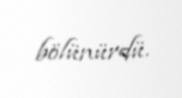
bölünürdü.